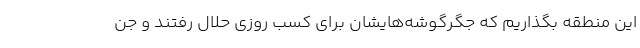
این منطقه بگذاریم که جگرگوشه‌هایشان برای کسب روزی حلال رفتند و جن